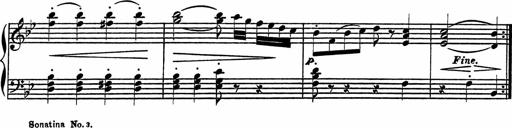
Title: 4 Piano Sonatinas
Composer: Adam Geibel